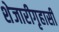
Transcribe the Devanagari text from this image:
शेजारीगृहासी